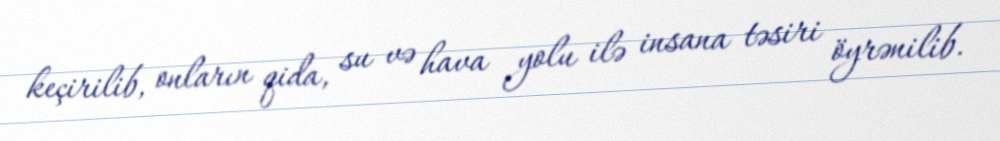
keçirilib, onların qida, su və hava yolu ilə insana təsiri öyrənilib.